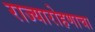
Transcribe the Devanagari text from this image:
राज्यारोहणाचा